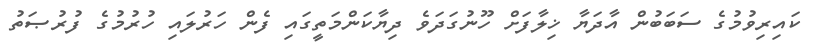
ކައިރިވުމުގެ ސަބަބުން އާދަޔާ ޚިލާފަށް ހޫނުގަދަވެ ދިޔާކަންމަތީގައި ފެން ހަރުލައި ހުރުމުގެ ފުރުޞަތު